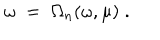
\omega \; = \; \Omega _ { n } ( \omega , \mu ) \; .